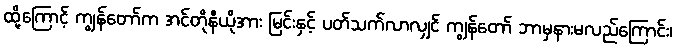
ထို့ကြောင့် ကျွန်တော်က အင်တိုနီယိုအား မြင်းနှင့် ပတ်သက်လာလျှင် ကျွန်တော် ဘာမှနားမလည်ကြောင်း၊